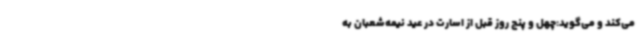
می‌کند و می‌گوید:چهل و پنج روز قبل از اسارت در عید نیمه‌شعبان به‌